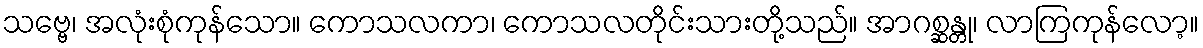
သဗ္ဗေ၊ အလုံးစုံကုန်သော။ ကောသလကာ၊ ကောသလတိုင်းသားတို့သည်။ အာဂစ္ဆန္တု၊ လာကြကုန်လော့။